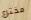
مخترع